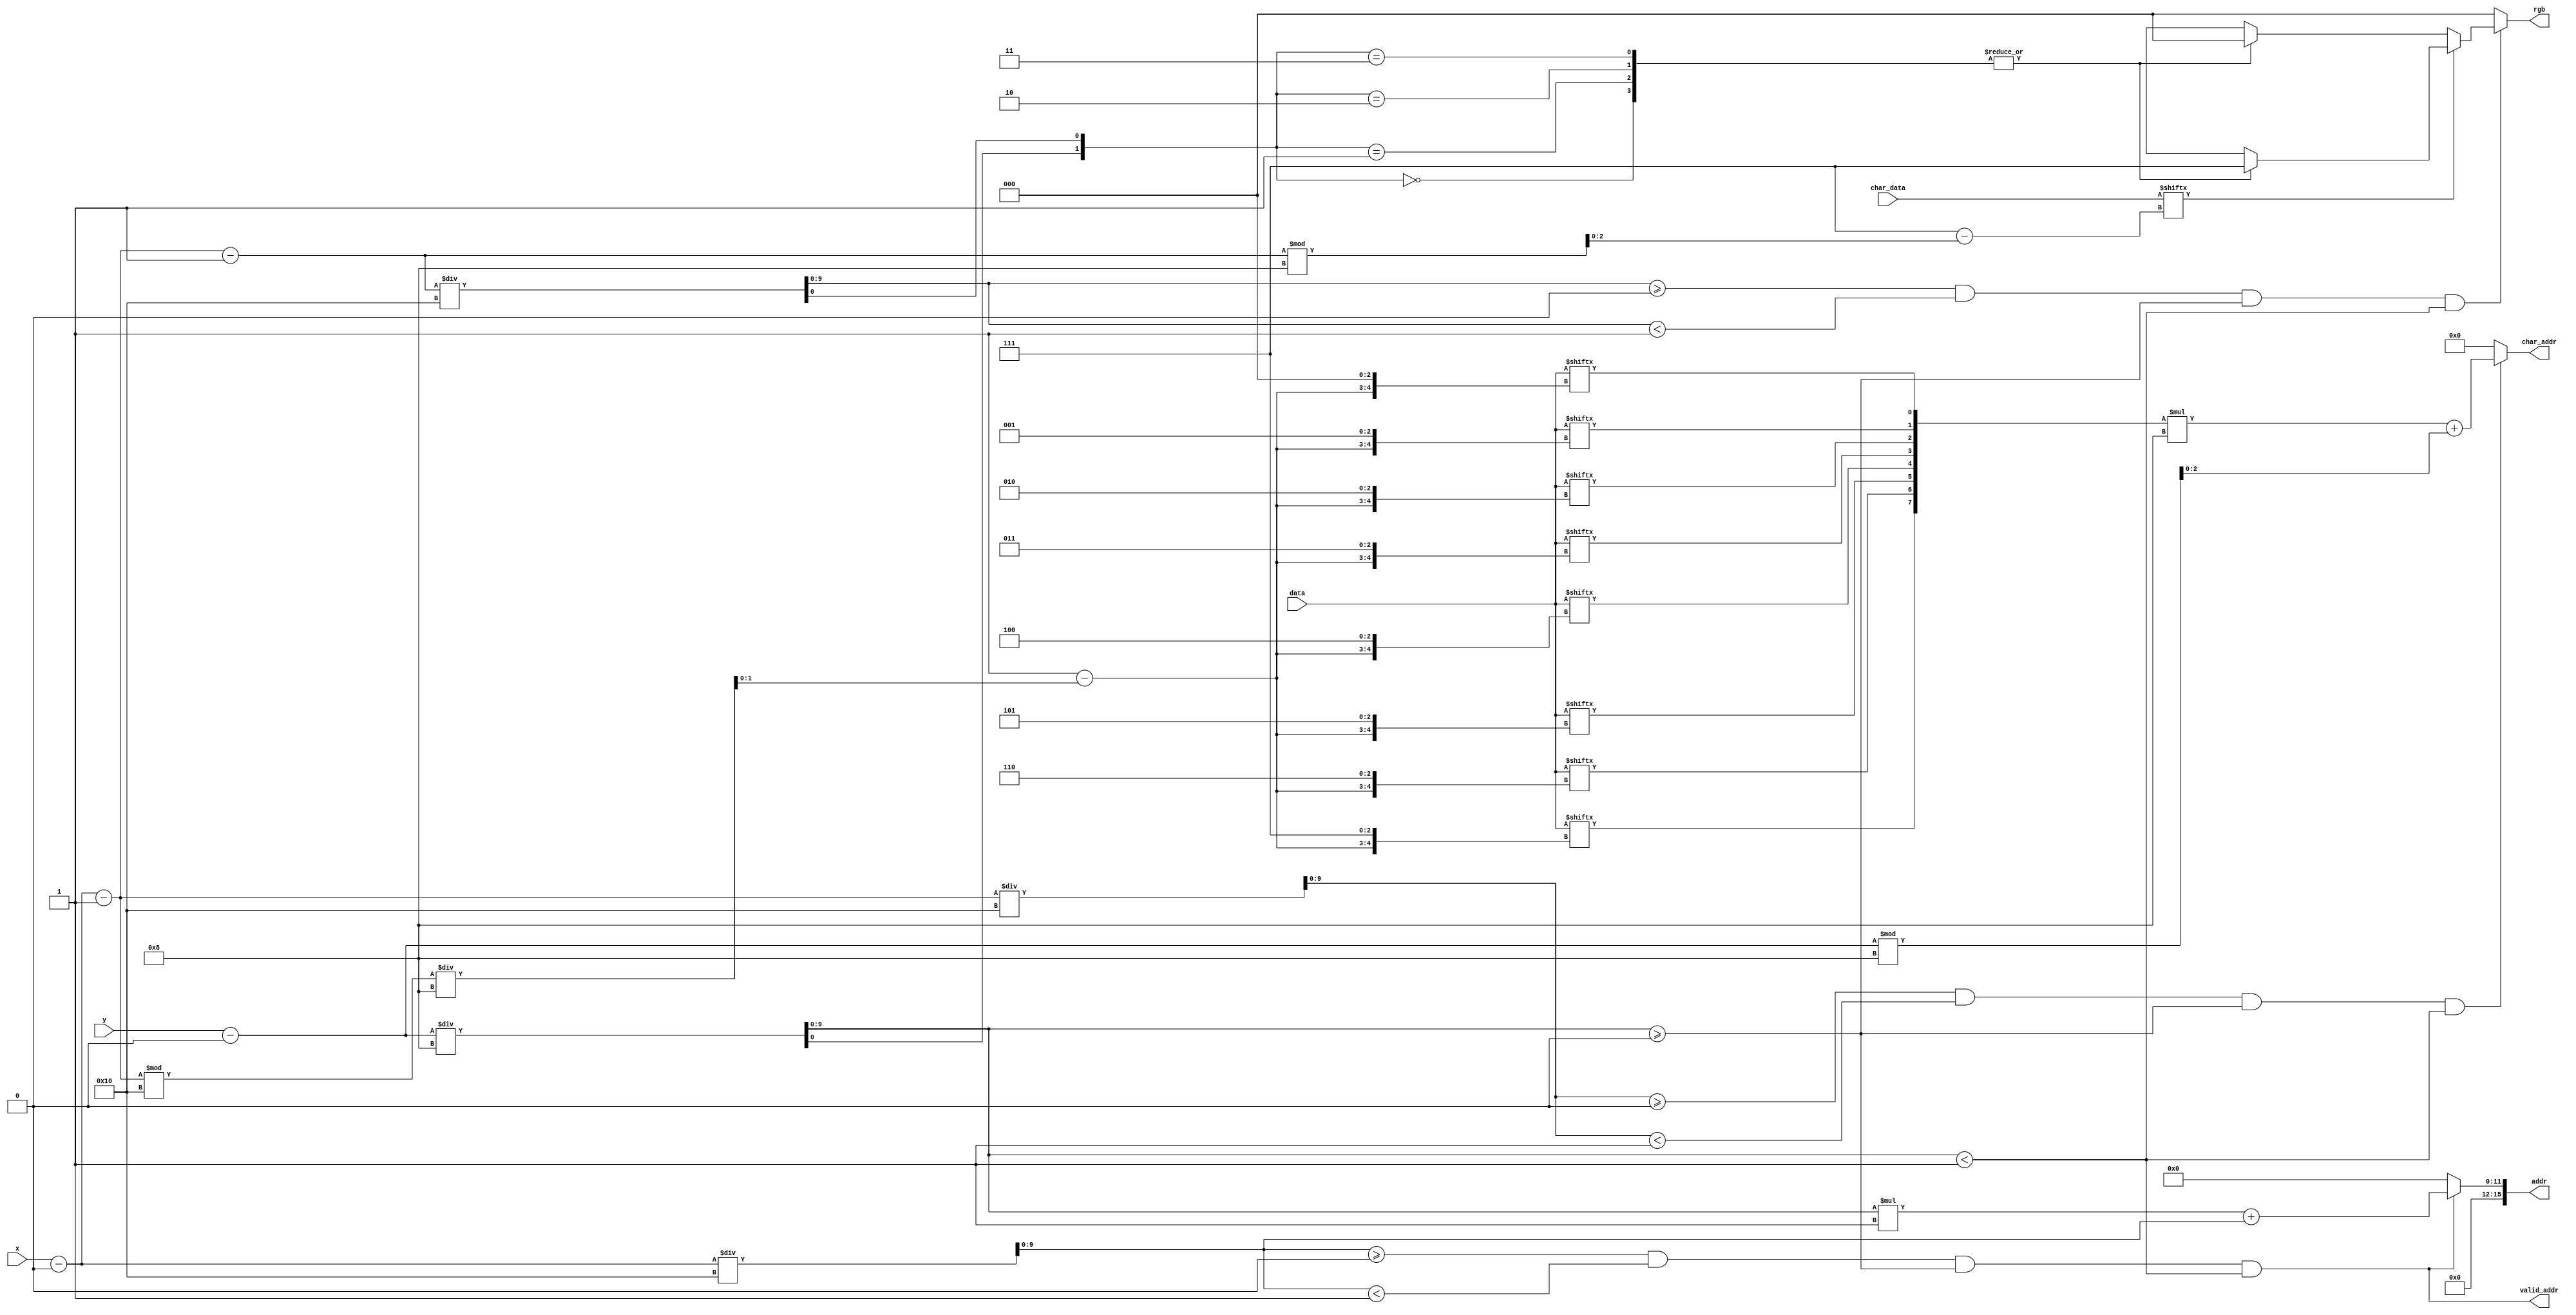
`timescale 1ns / 1ps
//////////////////////////////////////////////////////////////////////////////////
// Company: 
// Engineer: 
// 
// Design Name: 
// Module Name:    text_display 
// Project Name: 
// Target Devices: 
// Tool versions: 
// Description: 
//
// Dependencies: 
//
// Revision: 
// Revision 0.01 - File Created
// Additional Comments: 
//
//////////////////////////////////////////////////////////////////////////////////
module text_display(
		x, y,
		valid_addr, addr, data,
		char_addr, char_data,
		rgb
	);

// screen position
parameter pos_x = 0;
parameter pos_y = 0;
// log2 of max position
parameter x_width = 10;
parameter y_width = 10;

// display size
parameter rows = 1;
parameter cols = 1;

// foreground color
parameter even_row_even_col_fg	= 7;		// white
parameter even_row_odd_col_fg		= 7;		// white
parameter odd_row_even_col_fg		= 7;		// white
parameter odd_row_odd_col_fg		= 7;		// white

// background color
parameter even_row_even_col_bg	= 0;		// black
parameter even_row_odd_col_bg		= 0;		// black
parameter odd_row_even_col_bg		= 0;		// black
parameter odd_row_odd_col_bg		= 0;		// black

// memory address width
parameter addr_width = 16;
// memory data width
parameter data_width = 16;
// memory address to data delay
parameter data_delay = 1;

// character size on screen
parameter char_rows = 8;
parameter char_cols = 8;
// log2 of character size
parameter char_row_width = 3;
parameter char_col_width = 3;
// character ROM address to data delay
parameter char_delay = 1;

// no need to modify these parameters
// word size on screen
parameter word_rows = char_rows;
parameter word_cols = (data_width / 8) * char_cols;
// character ROM address width
parameter char_addr_width = char_row_width + 8;


input	[x_width-1 : 0]			x;
input	[y_width-1 : 0]			y;
output								valid_addr;
output[addr_width-1 : 0]		addr;
input	[data_width-1 : 0]		data;
output[char_addr_width-1 : 0]	char_addr;
input	[0 : char_cols-1]			char_data;
output[2 : 0]						rgb;

wire[x_width-1 : 0]				area_x_data, area_x_char, area_x_rgb, col_data, col_char, col_rgb;
wire[y_width-1 : 0]				area_y, row;
wire									active_data, active_char, active_rgb;
wire[(data_width / 8)-1 : 0]	char_idx;
wire[7 : 0]							char;
wire[char_row_width-1 : 0]		char_row;
wire[char_col_width-1 : 0]		char_col;
wire[char_addr_width-1 : 0]	char_addr;
wire[2:0]							foreground[3:0];
wire[2:0]							background[3:0];

assign foreground[0] = even_row_even_col_fg;
assign foreground[1] = even_row_odd_col_fg;
assign foreground[2] = odd_row_even_col_fg;
assign foreground[3] = odd_row_odd_col_fg;

assign background[0] = even_row_even_col_bg;
assign background[1] = even_row_odd_col_bg;
assign background[2] = odd_row_even_col_bg;
assign background[3] = odd_row_odd_col_bg;

assign area_x_data = x - pos_x;
assign area_x_char = area_x_data - data_delay;
assign area_x_rgb = area_x_char - char_delay;
assign area_y = y - pos_y;

assign col_data = area_x_data / word_cols;
assign col_char = area_x_char / word_cols;
assign col_rgb = area_x_rgb / word_cols;
assign row = area_y / word_rows;

assign active_data = (col_data >= 0) && (col_data < cols) && (row >= 0) && (row < rows);
assign active_char = (col_char >= 0) && (col_char < cols) && (row >= 0) && (row < rows);
assign active_rgb = (col_rgb >= 0) && (col_rgb < cols) && (row >= 0) && (row < rows);

assign valid_addr = active_data;
assign addr = active_data ? (row * cols + col_data) : 0;

assign char_idx = ((data_width / 8) - 1) - (area_x_char % word_cols) / char_cols;
assign char = {	data[{char_idx, 3'h7}],
						data[{char_idx, 3'h6}],
						data[{char_idx, 3'h5}],
						data[{char_idx, 3'h4}],
						data[{char_idx, 3'h3}],
						data[{char_idx, 3'h2}],
						data[{char_idx, 3'h1}],
						data[{char_idx, 3'h0}]};
assign char_col = area_x_rgb % char_cols;
assign char_row = area_y % char_rows;
assign char_addr = active_char ? (char * char_cols + char_row) : 0;

assign rgb = active_rgb ? (char_data[char_col] ? foreground[{row[0], col_rgb[0]}] : background[{row[0], col_rgb[0]}]) : 0;

endmodule